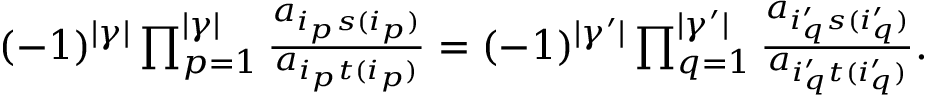
\begin{array} { r } { ( - 1 ) ^ { | \gamma | } \prod _ { p = 1 } ^ { | \gamma | } \frac { a _ { i _ { p } s ( i _ { p } ) } } { a _ { i _ { p } t ( i _ { p } ) } } = ( - 1 ) ^ { | \gamma ^ { \prime } | } \prod _ { q = 1 } ^ { | \gamma ^ { \prime } | } \frac { a _ { i _ { q } ^ { \prime } s ( i _ { q } ^ { \prime } ) } } { a _ { i _ { q } ^ { \prime } t ( i _ { q } ^ { \prime } ) } } . } \end{array}